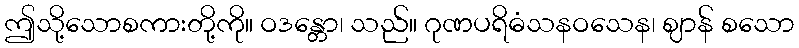
ဤသို့သောစကားတို့ကို။ ဝဒန္တော၊ သည်။ ဂုဏပရိဓံသနဝသေန၊ ဈာန် စသော